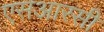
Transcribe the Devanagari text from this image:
एसआरसी